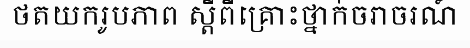
ថតយករូបភាព ស្តីពីគ្រោះថ្នាក់ចរាចរណ៍